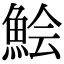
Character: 𩷆